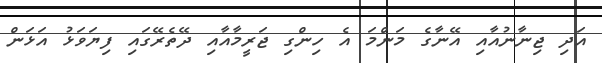
އަދި ޖިނާނުއާއި އޭނާގެ މަންމަ އެ ހިންގި ޖަރީމާއާއި ދޭތެރޭގައި ފިޔަވަޅު އަޅަން